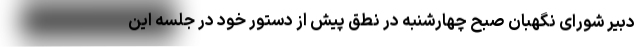
دبیر شورای نگهبان صبح چهارشنبه در نطق پیش از دستور خود در جلسه این